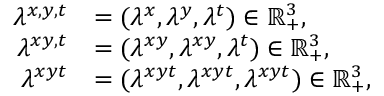
\begin{array} { r l } { \lambda ^ { x , y , t } } & { = ( \lambda ^ { x } , \lambda ^ { y } , \lambda ^ { t } ) \in \mathbb R _ { + } ^ { 3 } , } \\ { \lambda ^ { x y , t } } & { = ( \lambda ^ { x y } , \lambda ^ { x y } , \lambda ^ { t } ) \in \mathbb R _ { + } ^ { 3 } , } \\ { \lambda ^ { x y t } } & { = ( \lambda ^ { x y t } , \lambda ^ { x y t } , \lambda ^ { x y t } ) \in \mathbb R _ { + } ^ { 3 } , } \end{array}